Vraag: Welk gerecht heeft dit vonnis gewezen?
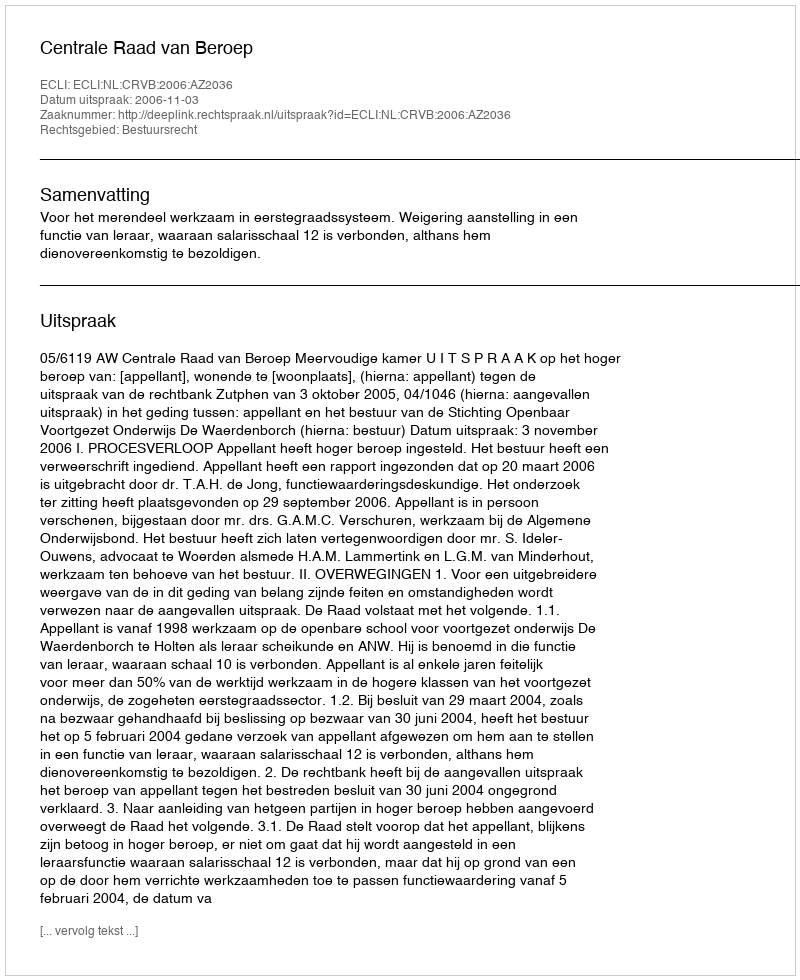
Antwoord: Centrale Raad van Beroep